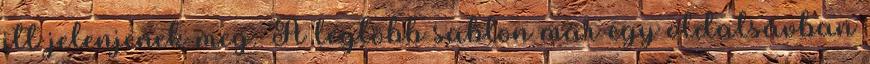
itt jelenjenek meg. A legtöbb sablon már egy oldalsávban